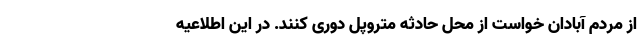
از مردم آبادان خواست از محل حادثه متروپل دوری کنند. در این اطلاعیه